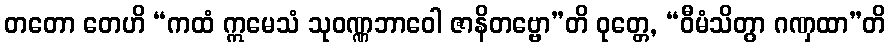
တတော တေဟိ “ကထံ ဣမေသံ သုဝဏ္ဏဘာဝေါ ဇာနိတဗ္ဗော”တိ ဝုတ္တေ, “ဝီမံသိတွာ ဂဏှထာ”တိ